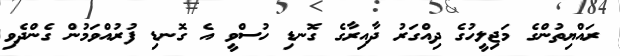
ރައްޔިތުންގެ މަޖިލީހުގެ ދިއްގަރު ދާއިރާގެ ގޮނޑި ހުސްވީ އެ ގޮނޑި ފުރުއްވަމުން ގެންދެވި